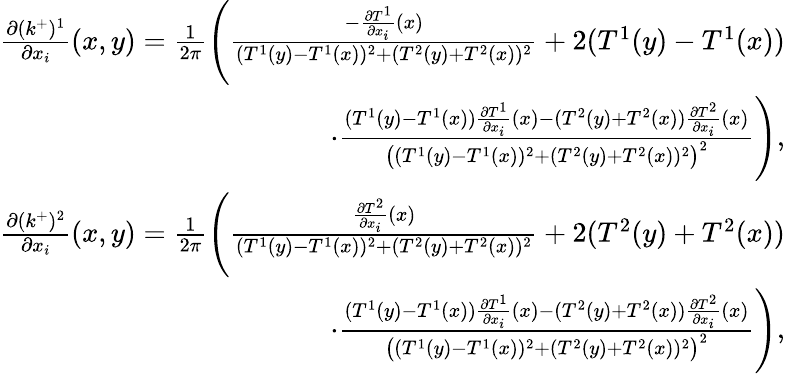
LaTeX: \begin{array}{r}{\frac{\partial(k^{+})^{1}}{\partial x_{i}}(x,y)=\frac{1}{2\pi}\Bigg(\frac{-\frac{\partial T^{1}}{\partial x_{i}}(x)}{(T^{1}(y)-T^{1}(x))^{2}+(T^{2}(y)+T^{2}(x))^{2}}+2(T^{1}(y)-T^{1}(x))}\\ {\cdot\frac{(T^{1}(y)-T^{1}(x))\frac{\partial T^{1}}{\partial x_{i}}(x)-(T^{2}(y)+T^{2}(x))\frac{\partial T^{2}}{\partial x_{i}}(x)}{\big((T^{1}(y)-T^{1}(x))^{2}+(T^{2}(y)+T^{2}(x))^{2}\big)^{2}}\Bigg),}\\ {\frac{\partial(k^{+})^{2}}{\partial x_{i}}(x,y)=\frac{1}{2\pi}\Bigg(\frac{\frac{\partial T^{2}}{\partial x_{i}}(x)}{(T^{1}(y)-T^{1}(x))^{2}+(T^{2}(y)+T^{2}(x))^{2}}+2(T^{2}(y)+T^{2}(x))}\\ {\cdot\frac{(T^{1}(y)-T^{1}(x))\frac{\partial T^{1}}{\partial x_{i}}(x)-(T^{2}(y)+T^{2}(x))\frac{\partial T^{2}}{\partial x_{i}}(x)}{\big((T^{1}(y)-T^{1}(x))^{2}+(T^{2}(y)+T^{2}(x))^{2}\big)^{2}}\Bigg),}\end{array}